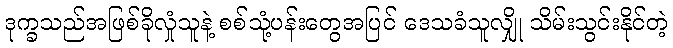
ဒုက္ခသည်အဖြစ်ခိုလှုံသူနဲ့ စစ်သုံ့ပန်းတွေအပြင် ဒေသခံသူလျှို သိမ်းသွင်းနိုင်တဲ့